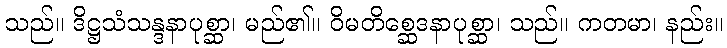
သည်။ ဒိဋ္ဌသံသန္ဒနာပုစ္ဆာ၊ မည်၏။ ဝိမတိစ္ဆေဒနာပုစ္ဆာ၊ သည်။ ကတမာ၊ နည်း။